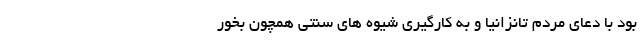
بود با دعای مردم تانزانیا و به کارگیری شیوه های سنتی همچون بُخور